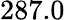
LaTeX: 287.0